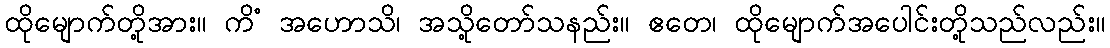
ထိုမျောက်တို့အား။ ကိံ အဟောသိ၊ အသို့တော်သနည်း။ ဧတေ၊ ထိုမျောက်အပေါင်းတို့သည်လည်း။